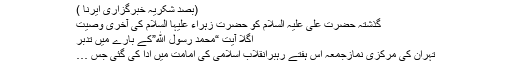
(بصد شکریہ خبرگزاری ایرنا )
گذشتہ حضرت علی علیہ السلام کو حضرت زہراء علیہا السلام کی آخری وصیت
اگلا آیت “محمد رسول الله”کے بارے میں تدبر
تہران کی مرکزی نمازجمعہ اس ہفتے رہبرانقلاب اسلامی کی امامت میں ادا کی گئی جس …